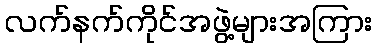
လက်နက်ကိုင်အဖွဲ့များအကြား